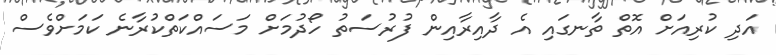
އަދި ކުރިއަށް އޮތް ތާނގައި އެ ދާއިރާއިން ފުރުސަތު ހޯދުމަށް މަސައްކަތްކުރާނެ ކަމަށްވެސް